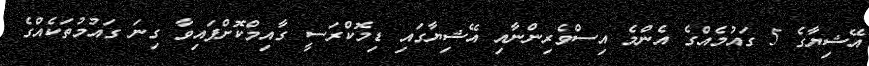
އޭޝިޔާގެ 5 ގައުމެއްގެ އެންމެ އިސްވެރިންނާއި އޭޝިޔާގައި ޑިމޮކްރަސީ ގާއިމްކޮށްފައިވާ ގިނަ ގައުމުތަކެއްގެ